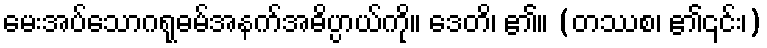
မေးအပ်သောဂရုဓမ်အနက်အဓိပ္ပာယ်ကို။ ဒေတိ၊ ၏။ (တဿစ၊ ၏၎င်း၊)